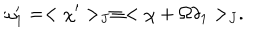
\omega _ { 1 } ^ { \prime } = < \chi ^ { \prime } > _ { J } \equiv < \chi + \Omega \delta _ { 1 } > _ { J } .